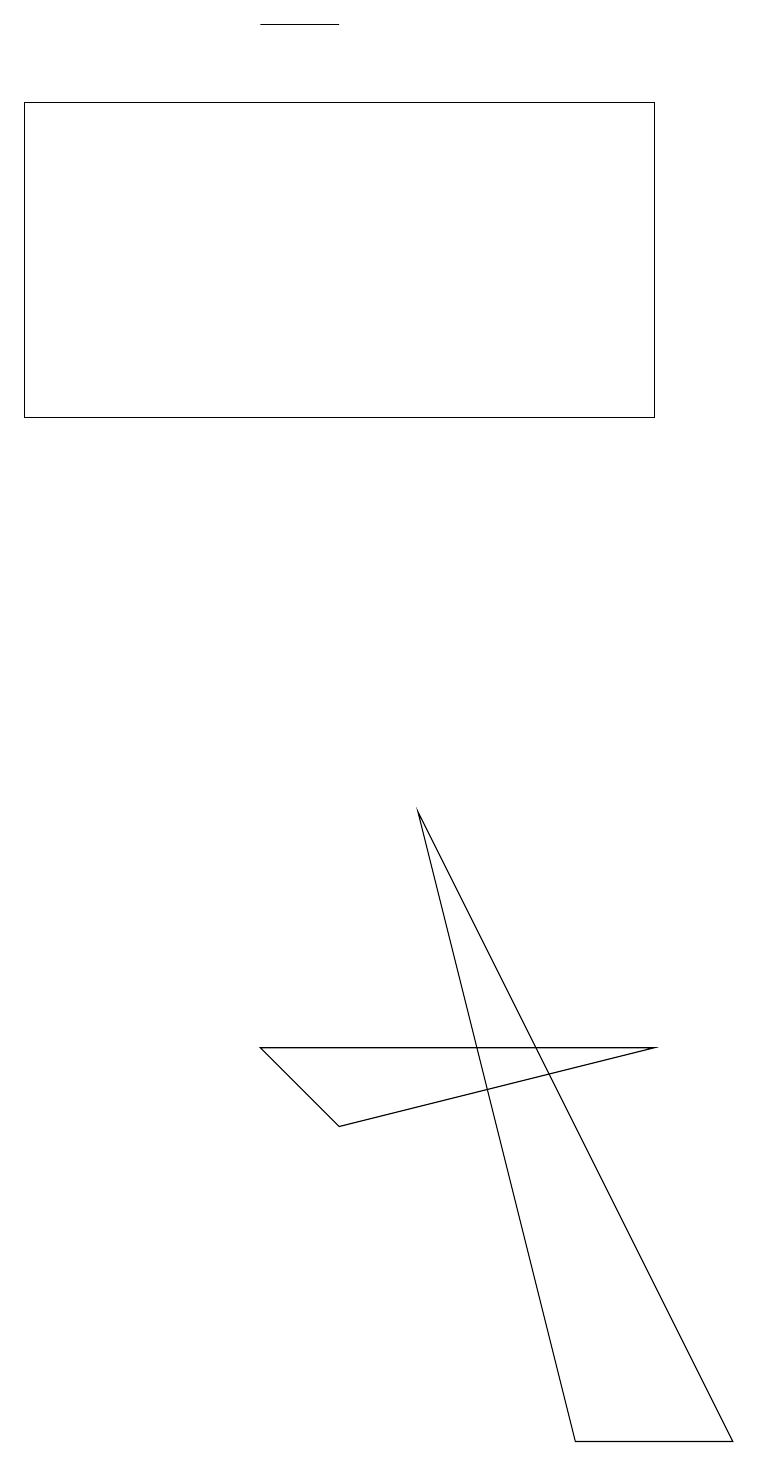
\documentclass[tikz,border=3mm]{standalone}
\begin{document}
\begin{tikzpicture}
\draw (4,5) -- (8,6) -- (3,6) -- cycle;
\draw (3,19) rectangle (4,19);
\draw (7,1) -- (9,1) -- (5,9) -- cycle;
\draw (8,18) rectangle (0,14);
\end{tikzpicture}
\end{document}